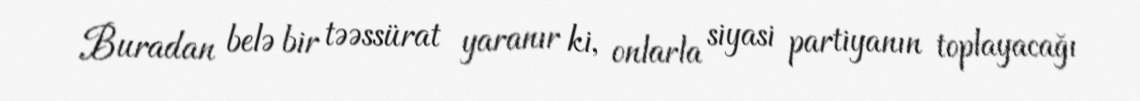
Buradan belə bir təəssürat yaranır ki, onlarla siyasi partiyanın toplayacağı